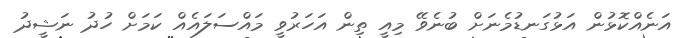
އަނެއްކޮޅުން އަޅުގަނޑުމެނަށް ބުނެވޭ މިއީ ތިން އަހަރުވީ މައްސަލައެއް ކަމަށް ހުދު ނަޝީދު